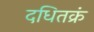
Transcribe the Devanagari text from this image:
दधितक्रं